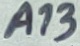
Text: A13